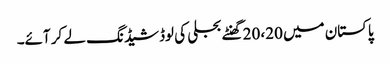
پاکستان میں 20، 20 گھنٹے بجلی کی لوڈشیڈنگ لے کر آئے۔